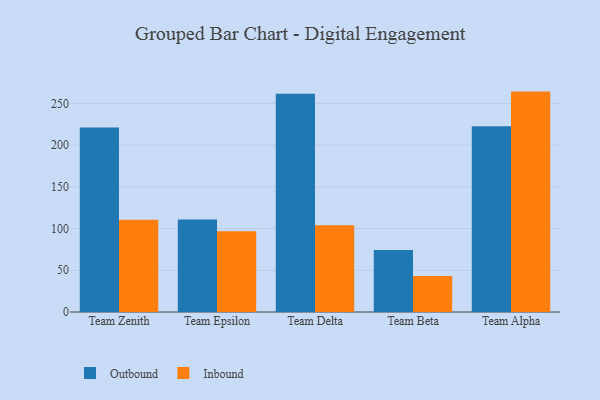
{"axis": {"x": "Team", "y": "Backlog"}, "legend": ["Inbound", "Outbound"], "data": [{"x": "Team Zenith", "y": 221.2, "type": "Outbound"}, {"x": "Team Zenith", "y": 110.6, "type": "Inbound"}, {"x": "Team Epsilon", "y": 110.8, "type": "Outbound"}, {"x": "Team Epsilon", "y": 96.7, "type": "Inbound"}, {"x": "Team Delta", "y": 261.4, "type": "Outbound"}, {"x": "Team Delta", "y": 104.0, "type": "Inbound"}, {"x": "Team Beta", "y": 74.4, "type": "Outbound"}, {"x": "Team Beta", "y": 43.0, "type": "Inbound"}, {"x": "Team Alpha", "y": 222.7, "type": "Outbound"}, {"x": "Team Alpha", "y": 264.1, "type": "Inbound"}]}